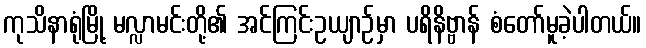
ကုသိနာရုံမြို့ မလ္လာမင်းတို့၏ အင်ကြင်းဥယျာဉ်မှာ ပရိနိဗ္ဗာန် စံတော်မူခဲ့ပါတယ်။